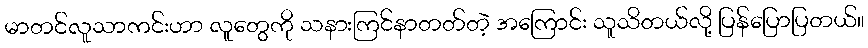
မာတင်လူသာကင်းဟာ လူတွေကို သနားကြင်နာတတ်တဲ့ အကြောင်း သူသိတယ်လို့ ပြန်ပြောပြတယ်။